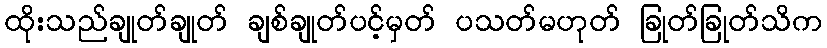
ထိုးသည်ချုတ်ချုတ် ချစ်ချုတ်ပင့်မှတ် ပသတ်မဟုတ် ခြုတ်ခြုတ်သိက